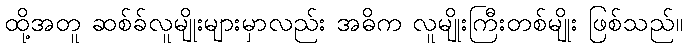
ထို့အတူ ဆစ်ခ်လူမျိုးများမှာလည်း အဓိက လူမျိုးကြီးတစ်မျိုး ဖြစ်သည်။